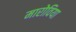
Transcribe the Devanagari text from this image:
मारोविया